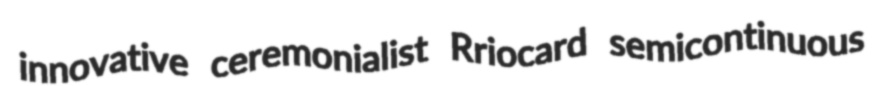
innovative ceremonialist Rriocard semicontinuous